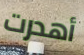
أهدرت